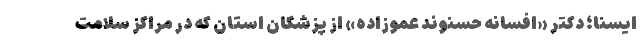
ایسنا؛ دکتر «افسانه حسنوند عموزاده» از پزشکان استان که در مراکز سلامت